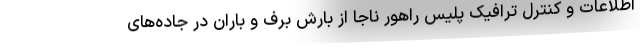
اطلاعات و کنترل ترافیک پلیس راهور ناجا از بارش برف و باران در جاده‌های